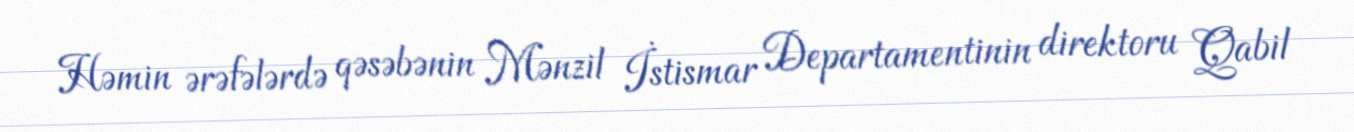
Həmin ərəfələrdə qəsəbənin Mənzil İstismar Departamentinin direktoru Qabil